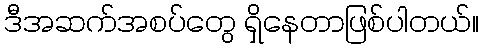
ဒီအဆက်အစပ်တွေ ရှိနေတာဖြစ်ပါတယ်။